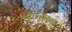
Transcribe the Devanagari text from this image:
की।भूमिका